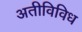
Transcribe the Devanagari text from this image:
अतीविविध